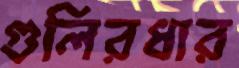
গুলিরধার